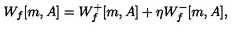
W _ { f } [ m , A ] = W _ { f } ^ { + } [ m , A ] + \eta W _ { f } ^ { - } [ m , A ] ,